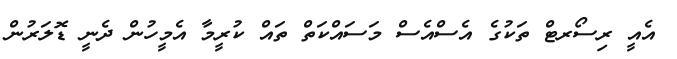
އެއީ ރިސޯރޓް ތަކުގެ އެސްއެސް މަސައްކަތް ތައް ކުރީމާ އެމީހުން ދެނީ ޑޮލަރުން